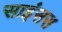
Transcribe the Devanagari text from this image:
साइंसस